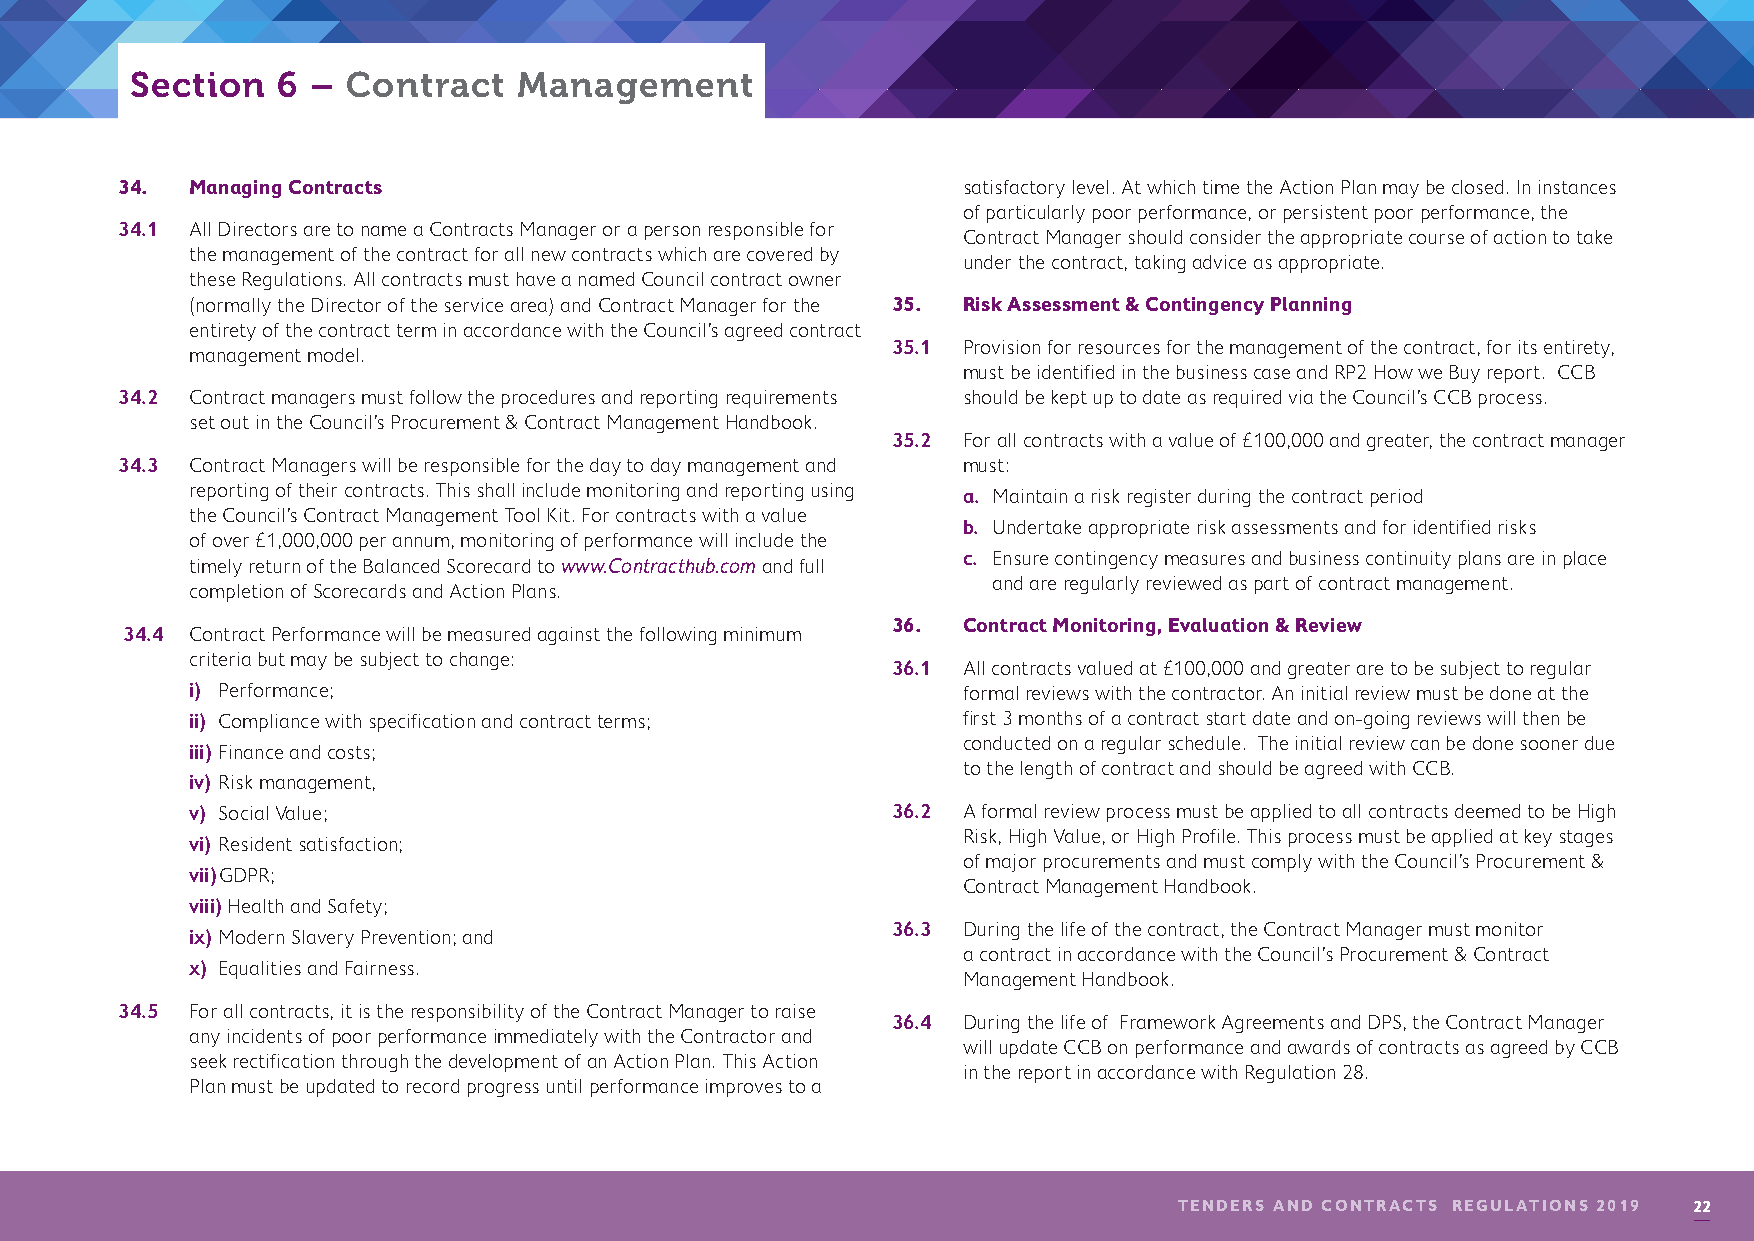
Section  6  – Contract   Management
 34.  Managing Contracts                                 satisfactory level. At which time the Action Plan may be closed. In instances
 of particularly poor performance, or persistent poor performance, the
 34.1 All Directors are to name a Contracts Manager or a person responsible for
 Contract Manager should consider the appropriate course of action to take
 the management of the contract for all new contracts which are covered by
 under the contract, taking advice as appropriate.
 these Regulations. All contracts must have a named Council contract owner
 (normally the Director of the service area) and Contract Manager for the 35. Risk Assessment & Contingency Planning
 entirety of the contract term in accordance with the Council’s agreed contract
 35.1 Provision for resources for the management of the contract, for its entirety,
 management model.
 must be identified in the business case and RP2 How we Buy report. CCB
 34.2 Contract managers must follow the procedures and reporting requirements should be kept up to date as required via the Council’s CCB process.
 set out in the Council’s Procurement & Contract Management Handbook.
 35.2 For all contracts with a value of £100,000 and greater, the contract manager
 34.3 C ontract Managers will be responsible for the day to day management and must:
 reporting of their contracts. This shall include monitoring and reporting using a. Maintain a risk register during the contract period
 the Council’s Contract Management Tool Kit. For contracts with a value
 b. Undertake appropriate risk assessments and for identified risks
 of over £1,000,000 per annum, monitoring of performance will include the
 c. Ensure contingency measures and business continuity plans are in place
 timely return of the Balanced Scorecard to www.Contracthub.com and full
 and are regularly reviewed as part of contract management.
 completion of Scorecards and Action Plans.
 36.  Contract Monitoring, Evaluation & Review
 34.4 C ontract Performance will be measured against the following minimum
 criteria but may be subject to change:
 36.1 All contracts valued at £100,000 and greater are to be subject to regular
 i) Performance;                                    formal reviews with the contractor. An initial review must be done at the
 ii) Compliance with specification and contract terms; first 3 months of a contract start date and on-going reviews will then be
 conducted on a regular schedule. The initial review can be done sooner due
 iii) Finance and costs;
 to the length of contract and should be agreed with CCB.
 iv) Risk management,
 v) Social Value;                              36.2 A formal review process must be applied to all contracts deemed to be High
 Risk, High Value, or High Profile. This process must be applied at key stages
 vi) Resident satisfaction;
 of major procurements and must comply with the Council’s Procurement &
 vii) GDPR;
 Contract Management Handbook.
 viii) Health and Safety;
 36.3 During the life of the contract, the Contract Manager must monitor
 ix) Modern Slavery Prevention; and
 a contract in accordance with the Council’s Procurement & Contract
 x) Equalities and Fairness.
 Management Handbook.
 34.5 For all contracts, it is the responsibility of the Contract Manager to raise
 36.4 During the life of Framework Agreements and DPS, the Contract Manager
 any incidents of poor performance immediately with the Contractor and
 will update CCB on performance and awards of contracts as agreed by CCB
 seek rectification through the development of an Action Plan. This Action
 in the report in accordance with Regulation 28.
 Plan must be updated to record progress until performance improves to a
 TENDERS AND CONTRACTS REGULATIONS 2019 22